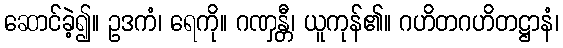
ဆောင်ခဲ့၍။ ဥဒကံ၊ ရေကို။ ဂဏှန္တီ၊ ယူကုန်၏။ ဂဟိတဂဟိတဋ္ဌာနံ၊